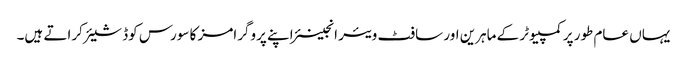
یہاں عام طور پر کمپیوٹر کے ماہرین اور سافٹ ویئر انجینئر اپنے پروگرامز کا سورس کوڈ شیئر کراتے ہیں۔